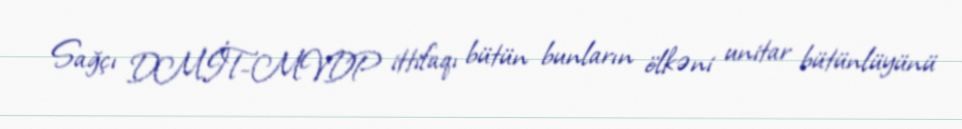
Sağçı DMİT-MVDP ittifaqı bütün bunların ölkəni unitar bütünlüyünü